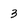
Character: 3